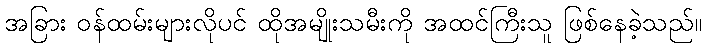
အခြား ဝန်ထမ်းများလိုပင် ထိုအမျိုးသမီးကို အထင်ကြီးသူ ဖြစ်နေခဲ့သည်။